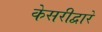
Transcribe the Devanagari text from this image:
केसरीद्वारे